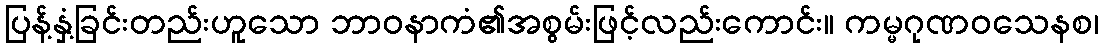
ပြန့်နှံ့ခြင်းတည်းဟူသော ဘာဝနာကံ၏အစွမ်းဖြင့်လည်းကောင်း။ ကမ္မဂုဏဝသေနစ၊